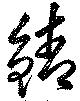
鯖